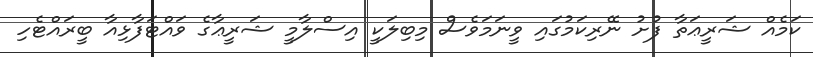
ކަމެއް ޝަރީޢަތާ ފުށު ނޭރިކަމުގައި ވީނަމަވެސް މިބިލަކީ އިސްލާމީ ޝަރީޢާގެ ވައްޓަފާޅިއާ ބީރައްޓެހި